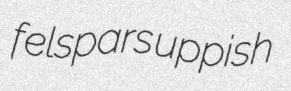
felspars uppish